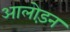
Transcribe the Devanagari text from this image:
आलोड़न